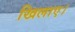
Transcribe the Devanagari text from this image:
खिलाए।